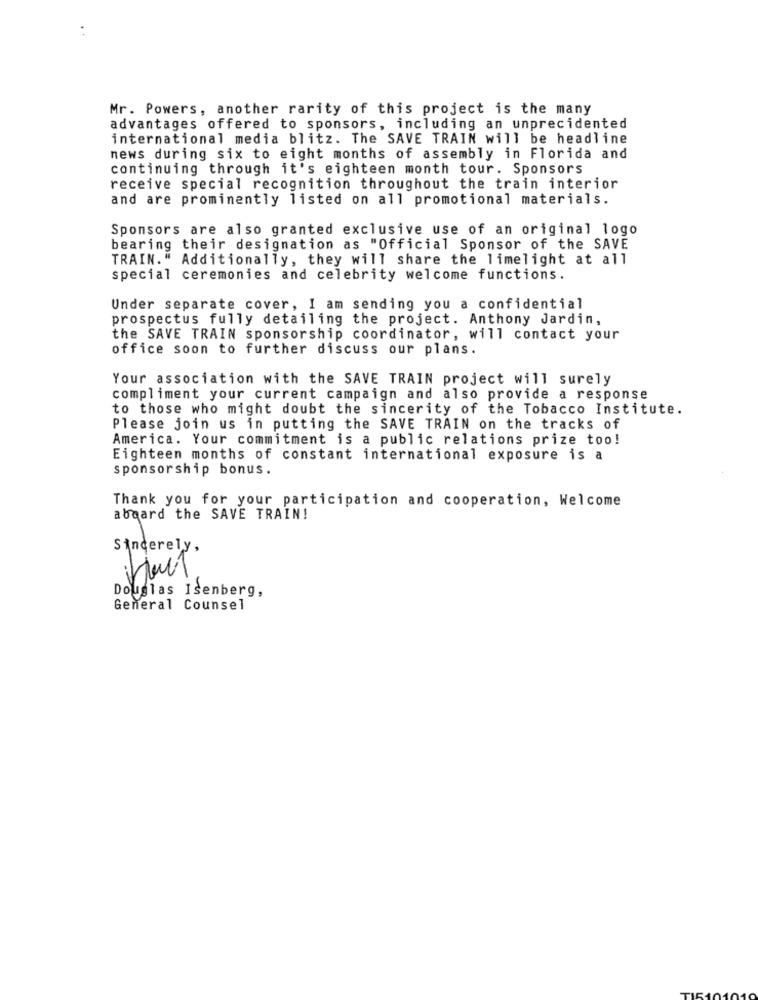
Mr. Powers, another rarity of this project is the many
advantages offered to sponsors, including an unprecidented
international media blitz. The SAVE TRAIN will be headline
news during six to eight months of assembly in Florida and
continuing through it's eighteen month tour. Sponsors
receive special recognition throughout the train interior
and are prominently listed on all promotional materials.
Sponsors are also granted exclusive use of an original logo
bearing their designation as "Official Sponsor of the SAVE
TRAIN." Additionally, they will share the limelight at all
special ceremonies and celebrity welcome functions.
Under separate cover, I am sending you a confidential
prospectus fully detailing the project. Anthony Jardin,
the SAVE TRAIN sponsorship coordinator, will contact your
office soon to further discuss our plans.
Your association with the SAVE TRAIN project will surely
compliment your current campaign and also provide a response
to those who might doubt the sincerity of the Tobacco Institute.
Please join us in putting the SAVE TRAIN on the tracks of
America. Your commitment is a public relations prize too!
Eighteen months of constant international exposure is a
sponsorship bonus.
Thank you for your participation and cooperation, Welcome
aboard the SAVE TRAIN!
Sincerely,
1
Douglas Isenberg,
General Counsel